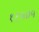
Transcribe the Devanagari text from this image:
१६५०५